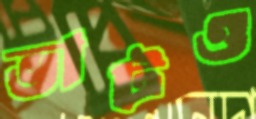
ভাটও